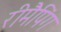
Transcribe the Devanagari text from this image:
रीमैपिंग